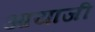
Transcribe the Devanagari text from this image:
आयाजी